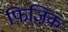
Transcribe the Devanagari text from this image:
फिजिक